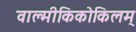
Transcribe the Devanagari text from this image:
वाल्मीकिकोकिलम्‌